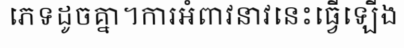
ភេទដូចគ្នា។ការអំពាវនាវនេះធ្វើឡើង